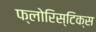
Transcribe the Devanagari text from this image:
फ्लोरिस्टिक्स